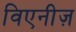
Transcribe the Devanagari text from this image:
विएनीज़